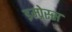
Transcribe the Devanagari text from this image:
इम्प्रेस्स